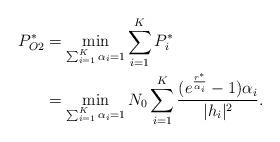
LaTeX: \begin{align*}\begin{aligned}P_{O2}^*&=\min_{\sum_{i=1}^K\alpha_i=1}\sum_{i=1}^KP_i^*\\&=\min_{\sum_{i=1}^K\alpha_i=1}N_0\sum_{i=1}^K \frac{(e^{\frac{r^*}{\alpha_i}}-1)\alpha_i}{|h_i|^2}.\end{aligned}\end{align*}